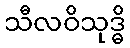
သီလဝိသုဒ္ဓိ